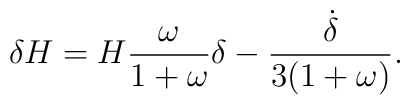
\delta H=H\frac{\omega}{1+\omega}\delta -\frac{\dot \delta}{3(1+\omega)}.